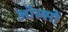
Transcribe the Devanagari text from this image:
ऑल्सो